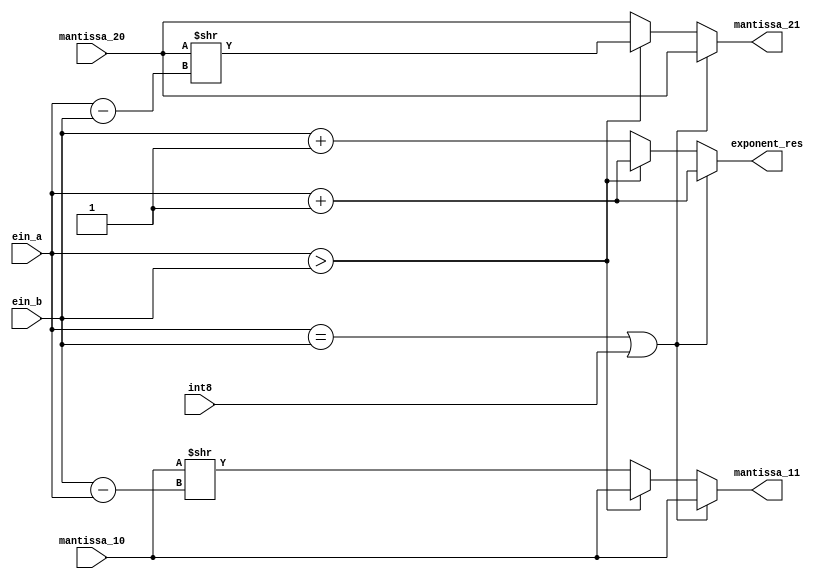
module compare_and_shift(int8,mantissa_10,mantissa_20,ein_a,ein_b,exponent_res,mantissa_11,mantissa_21);
input [9:0] mantissa_10,mantissa_20;
input [7:0] ein_a,ein_b;
input int8;

output reg [7:0] exponent_res;
output reg [9:0] mantissa_11,mantissa_21 ;

always @(*)
begin
		 
	if(ein_a==ein_b | int8==1'b1)
	begin
		 mantissa_11=mantissa_10;
		 mantissa_21=mantissa_20;
		 exponent_res=ein_a+8'd1;
	end
	
	else if(ein_a>ein_b)
	begin
		mantissa_11=mantissa_10;
		mantissa_21=(mantissa_20>>(ein_a-ein_b));
		exponent_res=ein_a+8'd1;
	end
	
	else
	begin
		mantissa_11=(mantissa_10>>(ein_b-ein_a));
		mantissa_21=mantissa_20;
		exponent_res=ein_b+8'd1;
	end
	
end
endmodule